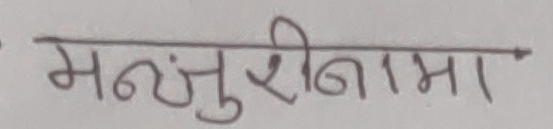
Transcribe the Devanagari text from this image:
मन्जुरीनामा